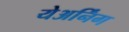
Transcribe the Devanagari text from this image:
येअर्निंग